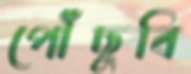
পৌঁছুবি